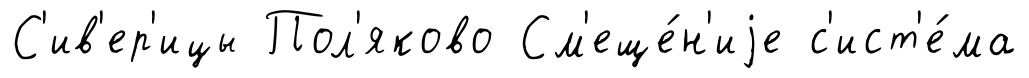
С'ив'ер'ицы Пол'яково См'еще́н'иjе с'ист'е́ма